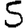
Digit: 5